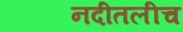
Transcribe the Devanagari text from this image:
नदीतलीच